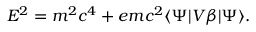
E ^ { 2 } = m ^ { 2 } c ^ { 4 } + e m c ^ { 2 } \langle \Psi | V \beta | \Psi \rangle .